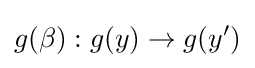
g(\beta ):g(y)\to g(y')